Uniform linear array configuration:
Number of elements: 12
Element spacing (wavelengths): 1
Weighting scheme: blackman
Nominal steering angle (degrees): -45
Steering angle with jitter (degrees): -46.618
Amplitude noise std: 0.05
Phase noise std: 0.05

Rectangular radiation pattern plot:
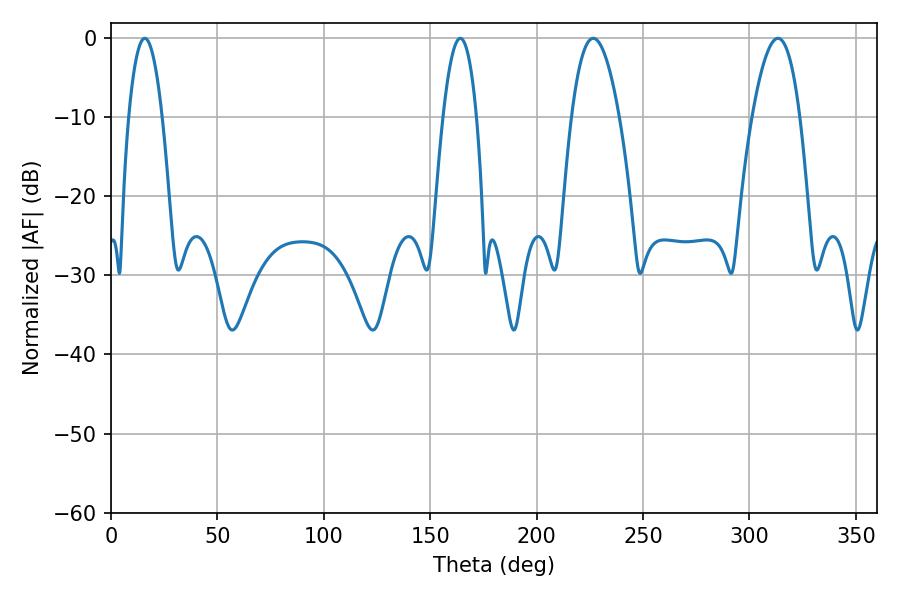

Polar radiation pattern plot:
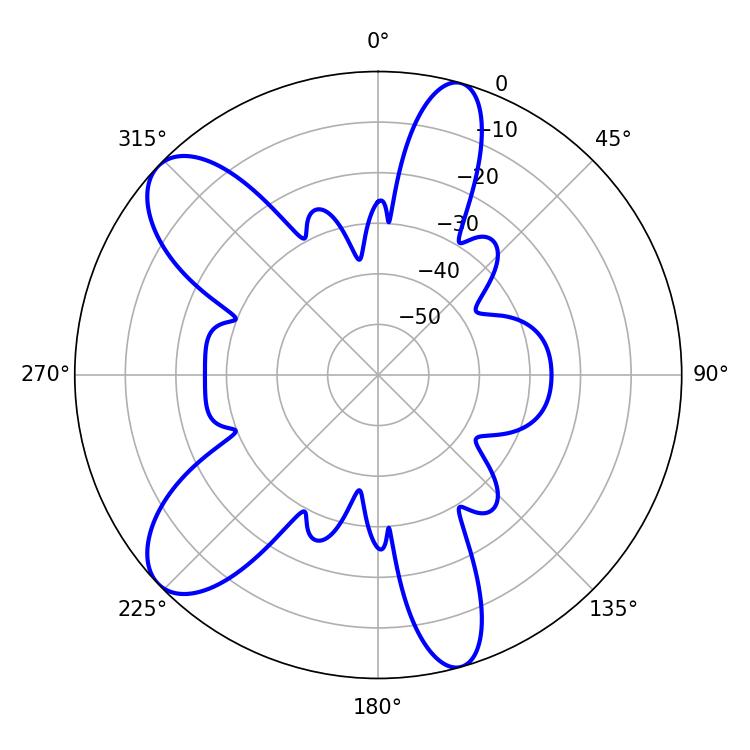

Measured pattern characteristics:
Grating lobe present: TRUE
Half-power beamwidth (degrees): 12.42
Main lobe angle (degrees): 226.62